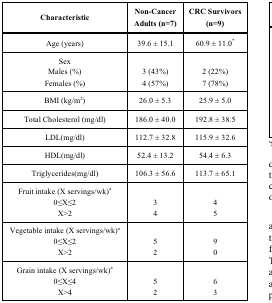
<table><thead><tr><td><b>Characteristic</b></td><td><b>Non-Cancer Adults (n=7)</b></td><td><b>CRC Survivors(n=9)</b></td></tr></thead><tbody><tr><td>Age (years)</td><td>39.6 ± 15.1</td><td>60.9 ± 11.0*</td></tr><tr><td>SexMales (%)Females (%)</td><td>3 (43%)4 (57%)</td><td>2 (22%)7 (78%)</td></tr><tr><td>BMI (kg/m2)</td><td>26.0 ± 5.3</td><td>25.9 ± 5.0</td></tr><tr><td>Total Cholesterol (mg/dl)</td><td>186.0 ± 40.0</td><td>192.8 ± 38.5</td></tr><tr><td>LDL(mg/dl)</td><td>112.7 ± 32.8</td><td>115.9 ± 32.6</td></tr><tr><td>HDL(mg/dl)</td><td>52.4 ± 13.2</td><td>54.4 ± 6.3</td></tr><tr><td>Triglycerides(mg/dl)</td><td>106.3 ± 56.6</td><td>113.7 ± 65.1</td></tr><tr><td>Fruit intake (X servings/wk)a0≤X≤2X&gt;2</td><td>34</td><td>45</td></tr><tr><td>Vegetable intake (X servings/wk)a0≤X≤2X&gt;2</td><td>52</td><td>90</td></tr><tr><td>Grain intake (X servings/wk)a0≤X≤4X&gt;4</td><td>52</td><td>63</td></tr></tbody></table>